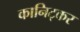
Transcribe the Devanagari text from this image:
कानिट्कर